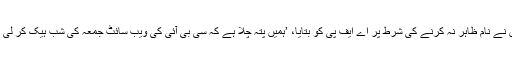
انہوں نے نام ظاہر نہ کرنے کی شرط پر اے ایف پی کو بتایا، ’ہمیں پتہ چلا ہے کہ سی بی آئی کی ویب سائٹ جمعہ کی شب ہیک کر لی گئی۔